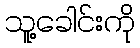
သူ့ခေါင်းကို